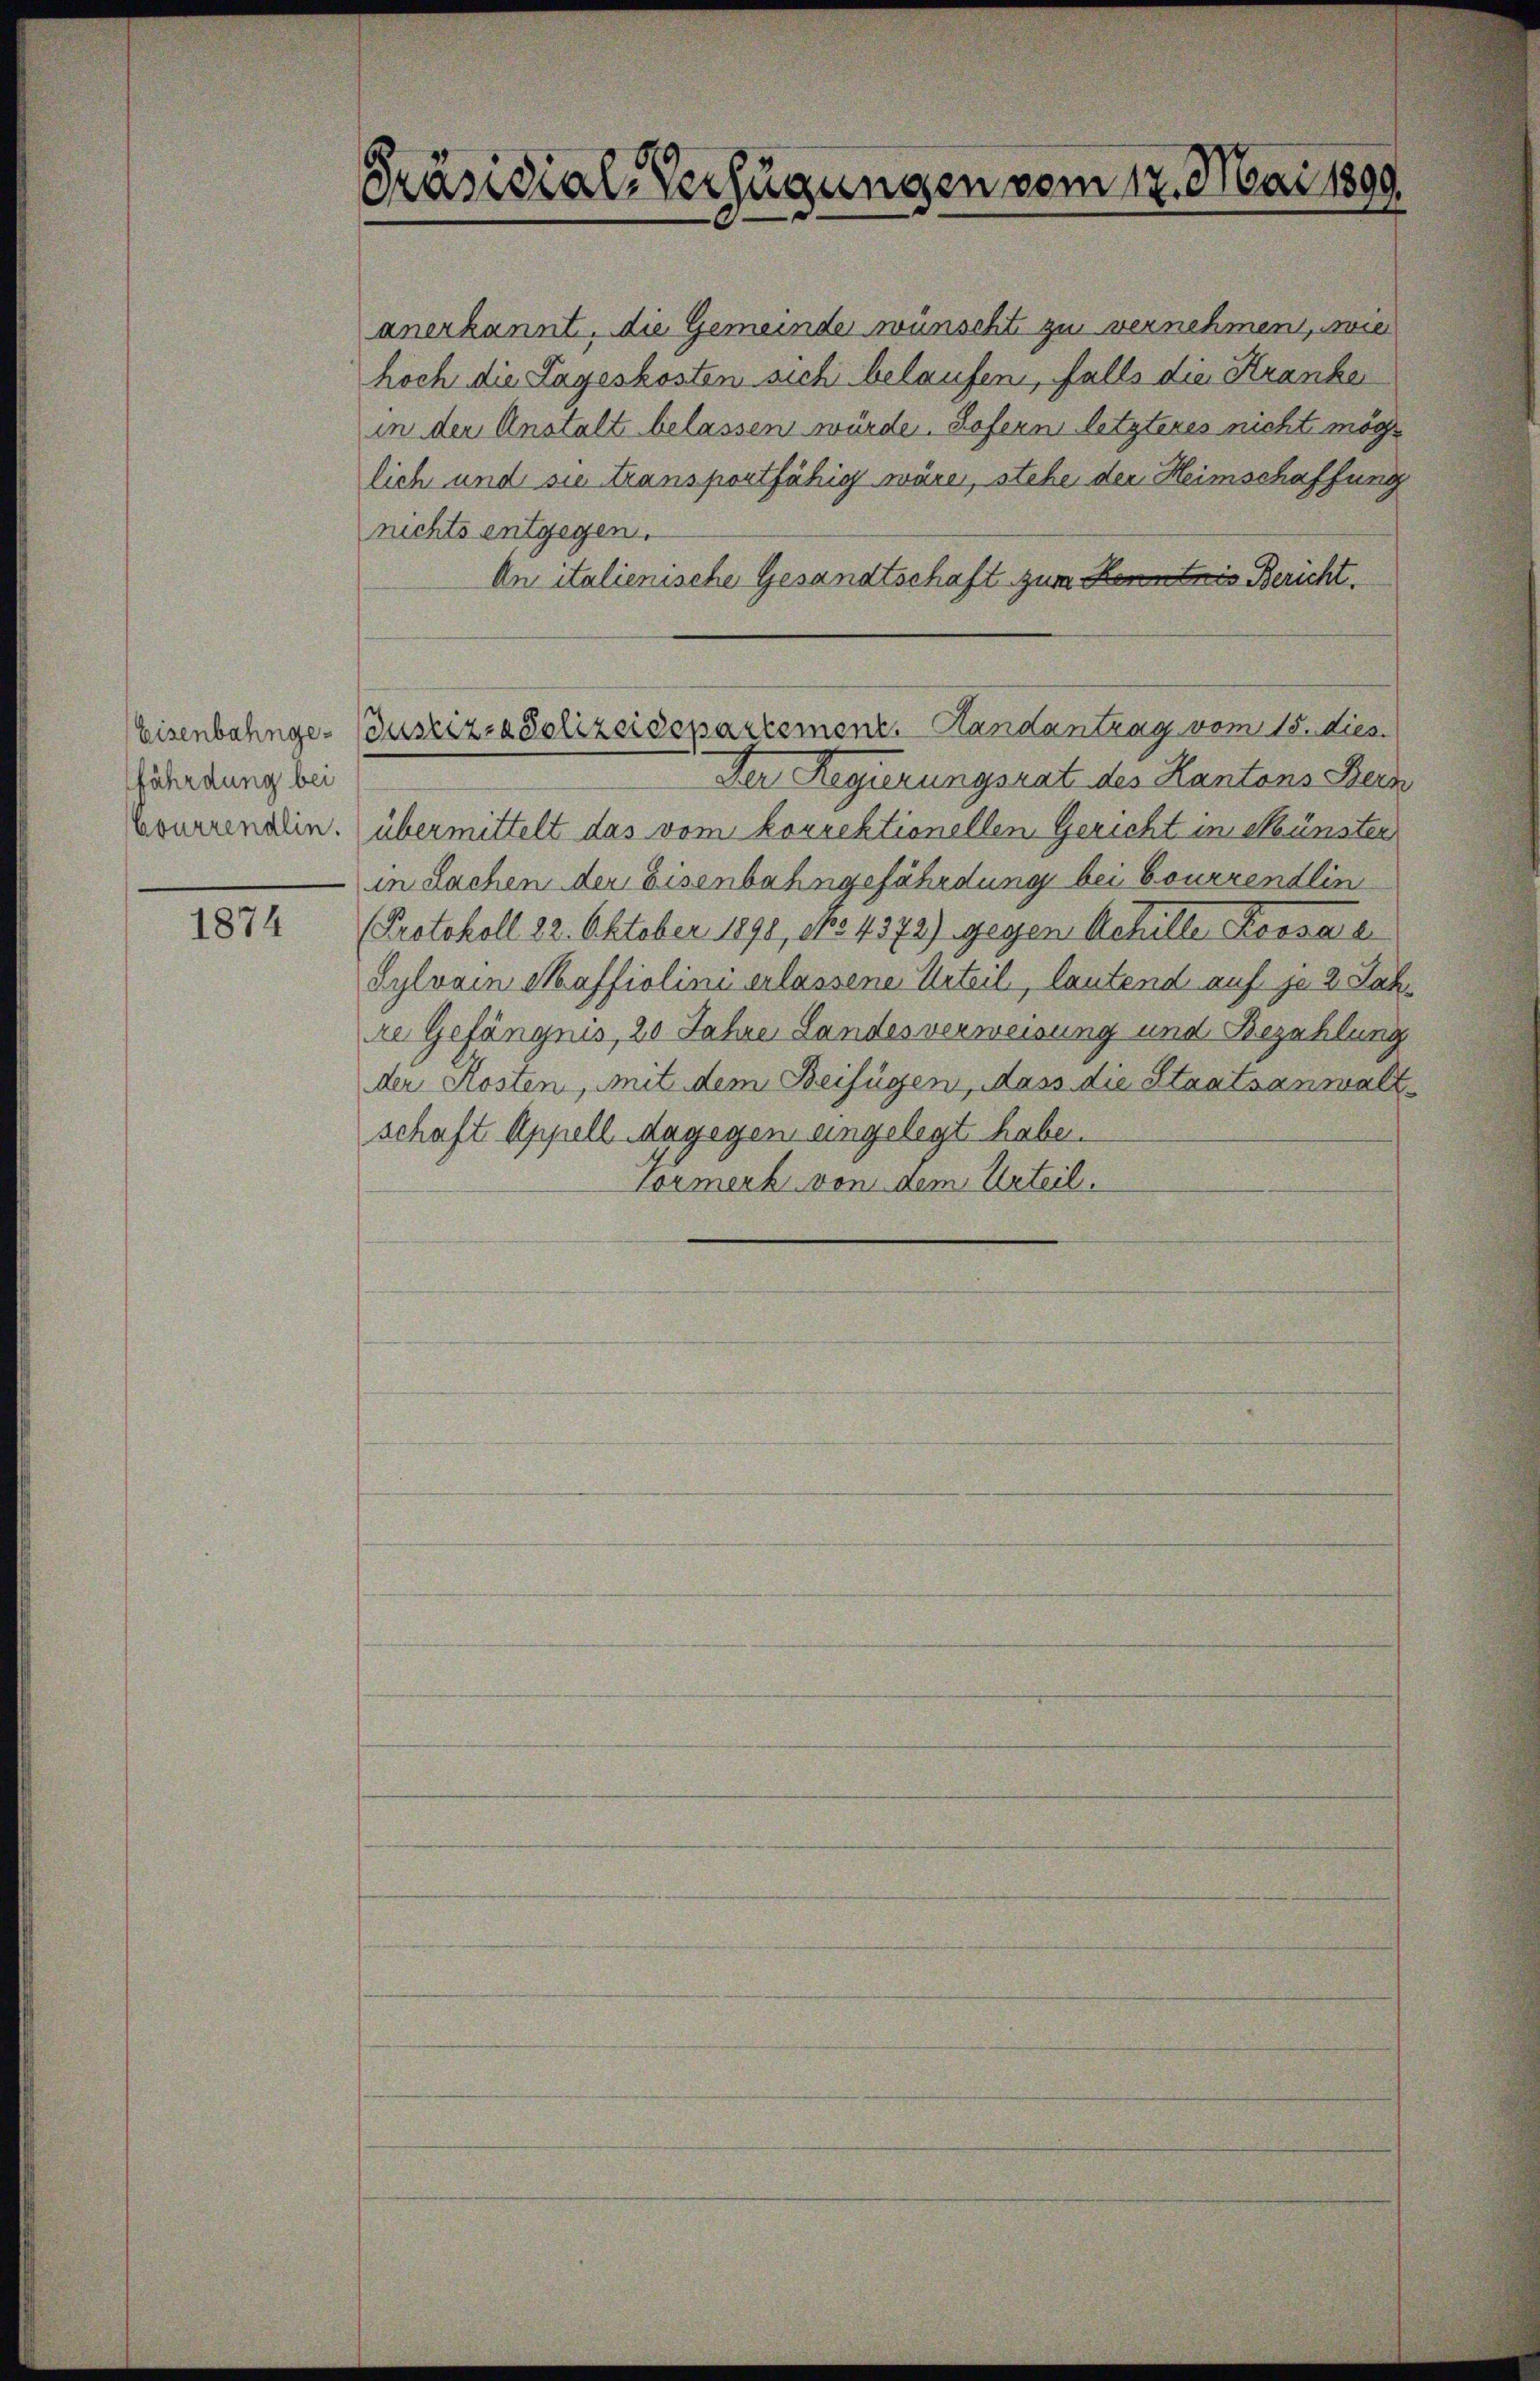
fährdung bei

1874

Präsidial-Verfügungen vom 17. Mai 1899.

Der Regierungsrat des Kantons Bein
Lourrentin. übermittelt das vom korrektionellen Gericht in Münster
in Sachen der Eisenbahngefährdung bei Courrendlin
Protokoll 22. Oktober 1890, No 4372) gegen Achille Kossare
Sylvain Maffiolini erlassene Urteil, lautend auf je 2 Jahre Gefängnis, 20 Jahre Landesverweisung und Bezahlung
der Kosten, mit dem Beifügen, dass die Staatsanwaltschaft Appell dagegen eingelegt habe.
Vormerk von dem Urteil.

anerkannt, die Gemeinde wünscht zu vernehmen, wie
hoch die Tageskosten sich belaufen, falls die Kranke
in der Anstalt belassen würde. Sofern letzteres nicht möglich und sie transportfähig wäre, stehe der Heimschaffung
nichts entgegen.
An italienische Gesandtschaft zum Kenntnis Bericht.

Eisenbahnge-Bustiz- & Polizeidepartement. Handantrag vom 15. dies